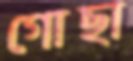
গোছা